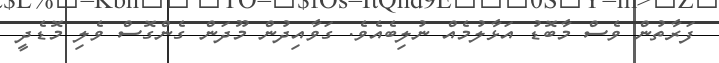
ފަރާތުން ވެސް މާބޮޑު އަޅާލުމެއް ނުލިބެއެވެ. ގަވާއިދުން މޫދަން ގެންގޮސް ވެލި މޮޑެދީ